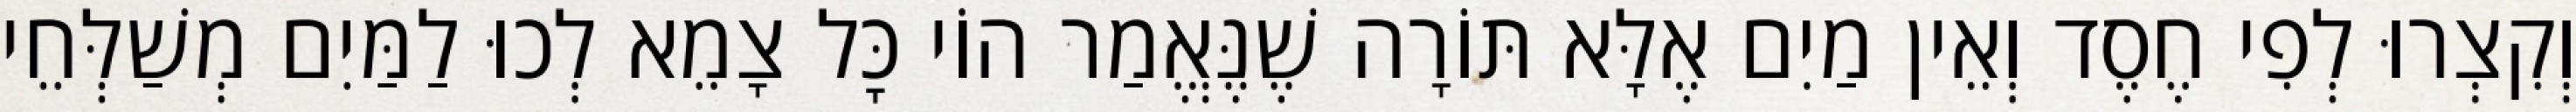
וְקִצְרוּ לְפִי חֶסֶד וְאֵין מַיִם אֶלָּא תּוֹרָה שֶׁנֶּאֱמַר הוֹי כׇּל צָמֵא לְכוּ לַמַּיִם מְשַׁלְּחֵי